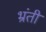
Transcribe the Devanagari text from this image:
भ्रंती